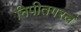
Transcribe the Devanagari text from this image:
निपीतगरलं